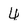
Character: 4